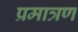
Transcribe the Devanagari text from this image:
प्रमात्रण